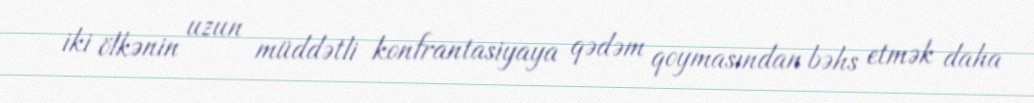
iki ölkənin uzun müddətli konfrantasiyaya qədəm qoymasından bəhs etmək daha